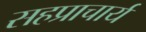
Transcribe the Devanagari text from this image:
सहप्राचार्य